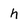
Character: h